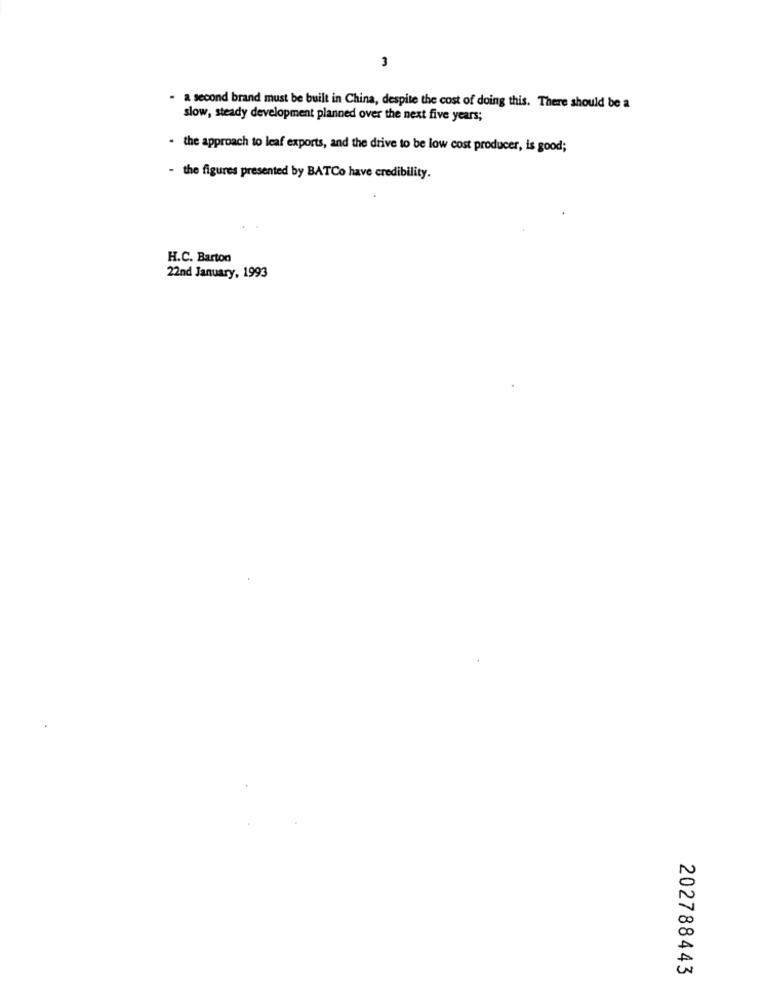
3
- a second brand must be built in China, despite the cost of doing this. There should be a
slow, steady development planned over the next five years;
- the approach to leaf exports, and the drive to be low cost producer, is good;
- the figures presented by BATCo have credibility.
H.C. Barton
22nd January, 1993
N
in
202788443